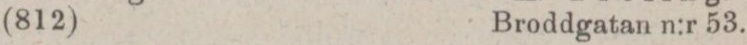
(812)    Broddgatan n:r 53.